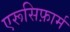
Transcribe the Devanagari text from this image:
एरूसिफ़ार्म